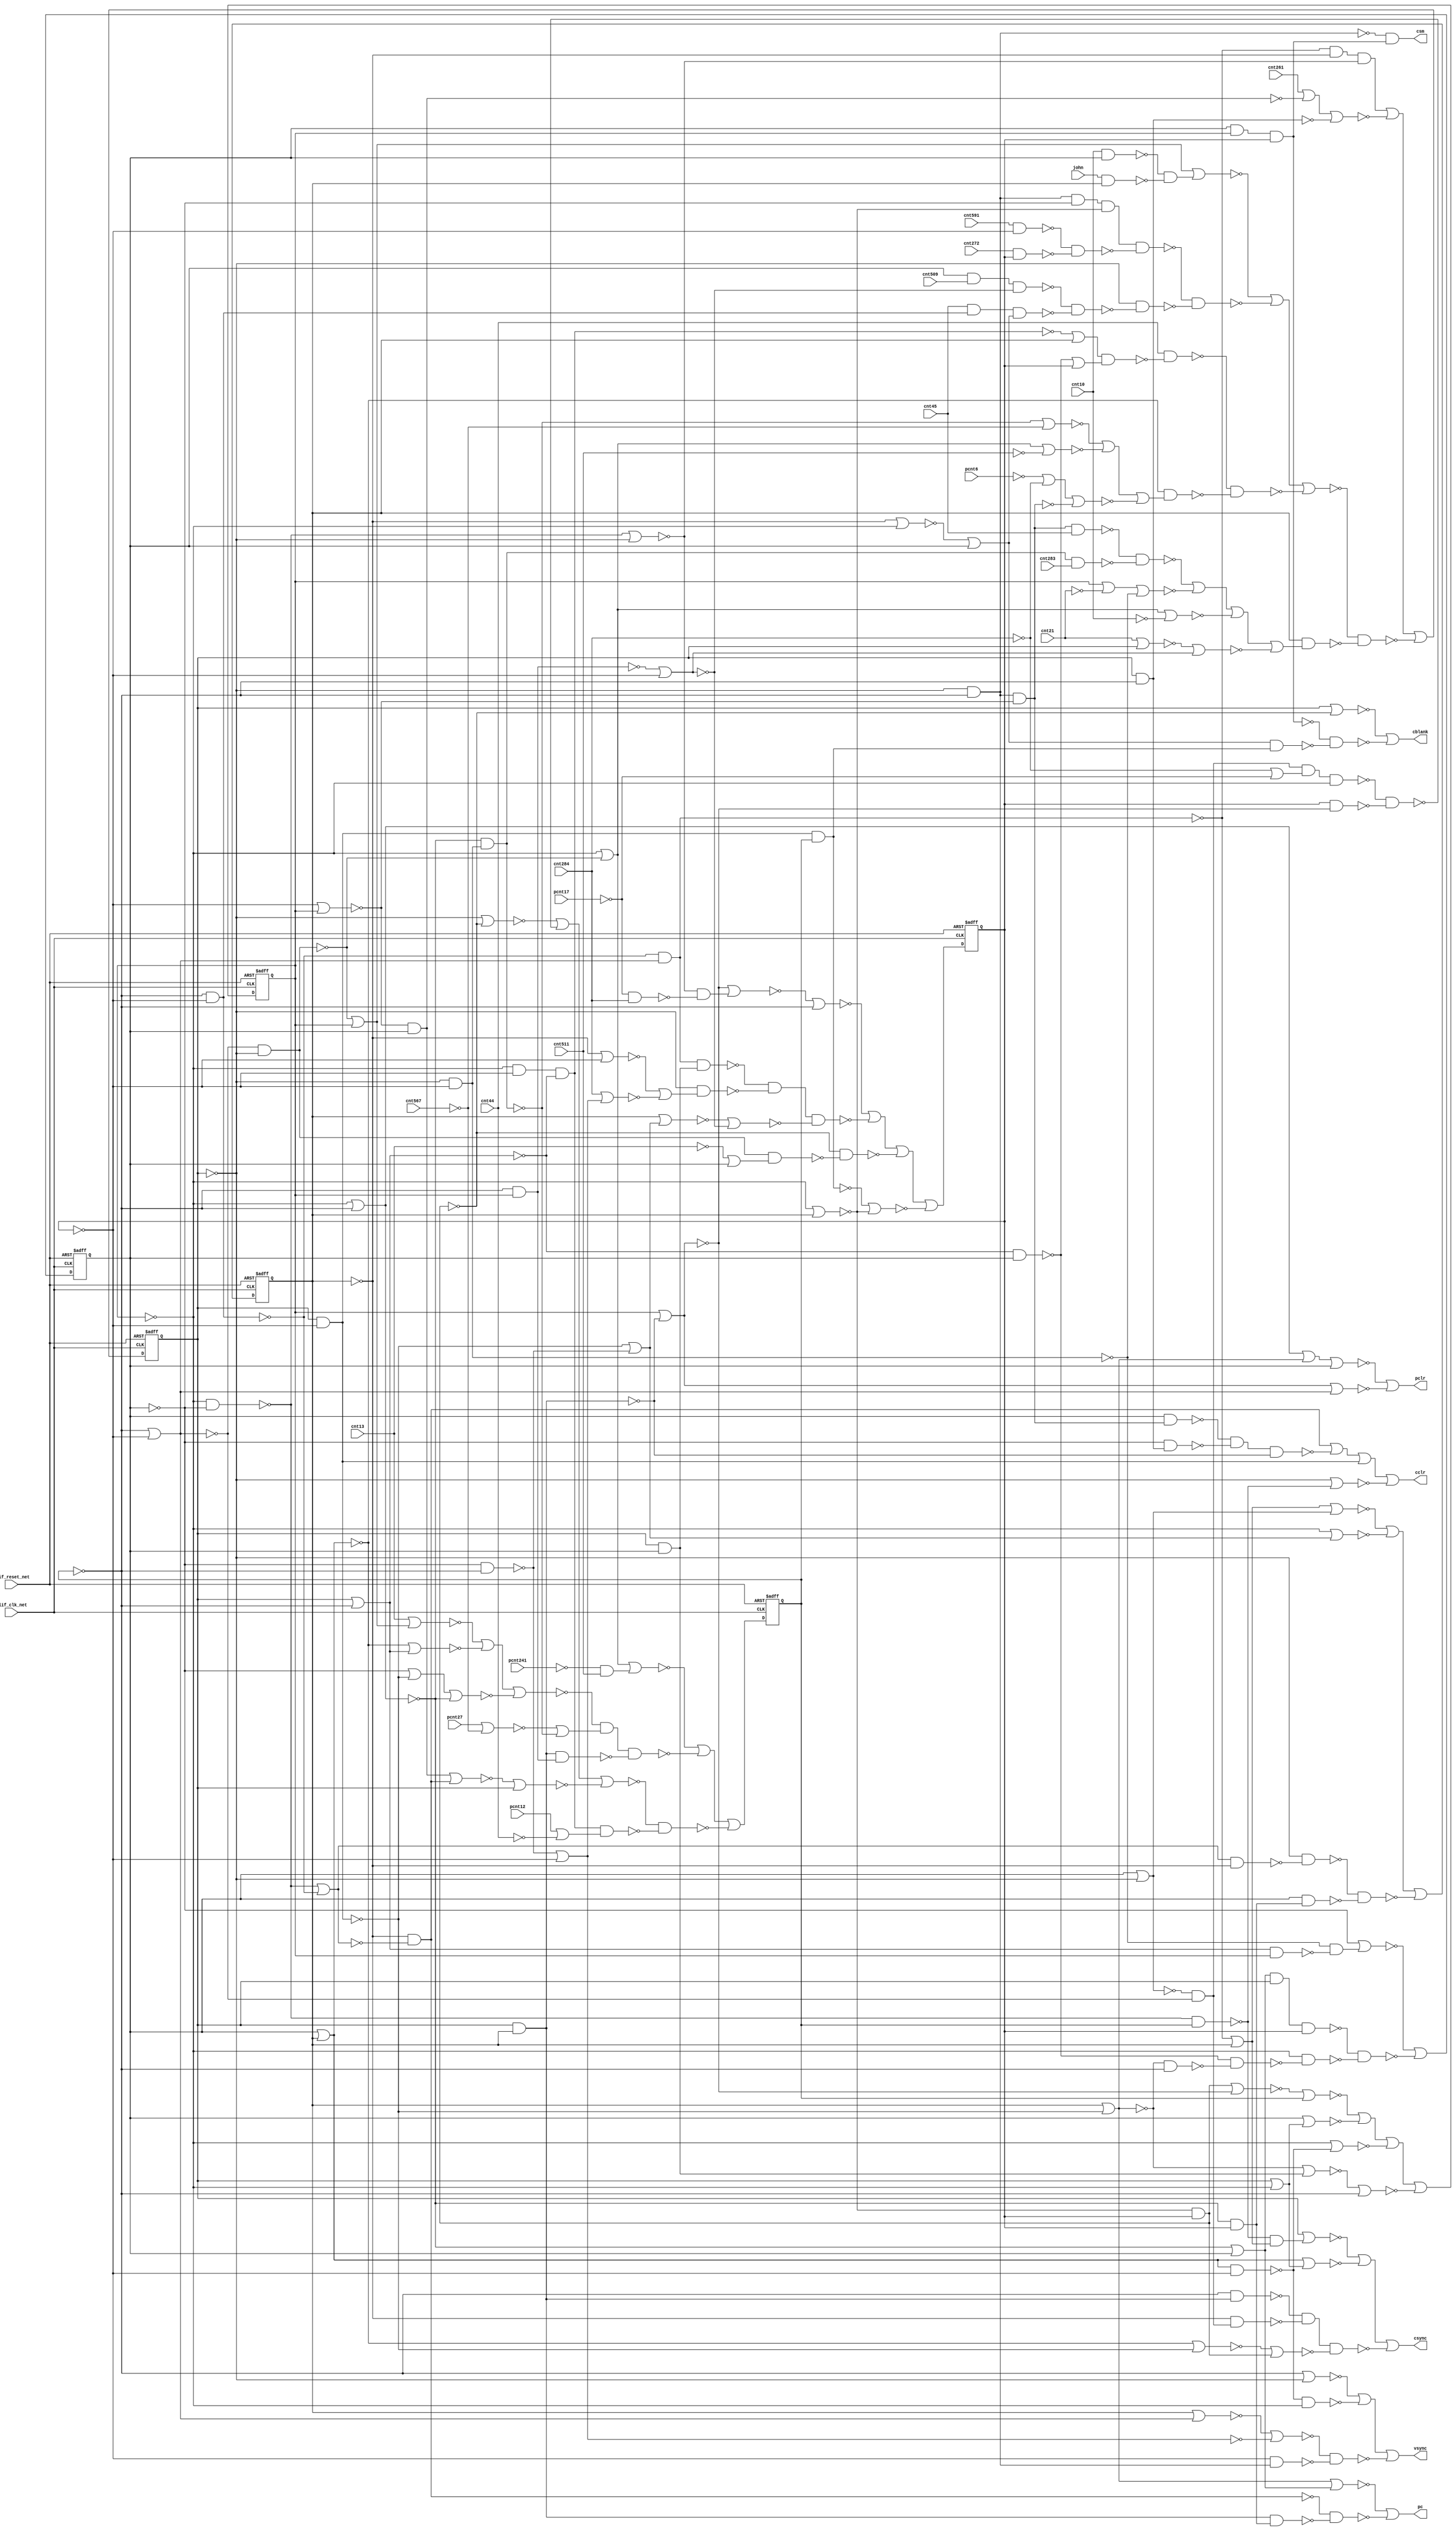
module s510_bench(
  blif_clk_net,
  blif_reset_net,
  john,
  cnt13,
  cnt21,
  cnt284,
  pcnt6,
  cnt261,
  cnt44,
  pcnt12,
  pcnt17,
  cnt591,
  cnt45,
  cnt567,
  pcnt27,
  cnt283,
  cnt272,
  cnt10,
  cnt511,
  pcnt241,
  cnt509,
  csm,
  pclr,
  pc,
  cclr,
  vsync,
  cblank,
  csync);
input blif_clk_net;
input blif_reset_net;
input john;
input cnt13;
input cnt21;
input cnt284;
input pcnt6;
input cnt261;
input cnt44;
input pcnt12;
input pcnt17;
input cnt591;
input cnt45;
input cnt567;
input pcnt27;
input cnt283;
input cnt272;
input cnt10;
input cnt511;
input pcnt241;
input cnt509;
output csm;
output pclr;
output pc;
output cclr;
output vsync;
output cblank;
output csync;
reg st_5;
reg st_4;
reg st_3;
reg st_2;
reg st_1;
reg st_0;
wire II798;
wire II739;
wire II539;
wire II909_1;
wire II1102_1;
wire II855;
wire II924_1;
wire II1116_2;
wire II1062_1;
wire II946_2;
wire II663;
wire II872;
wire II207;
wire II209;
wire II574;
wire II494;
wire II978_1;
wire II535;
wire II547;
wire II595;
wire II326;
wire II587;
wire II531;
wire II731;
wire II810;
wire II1077_1;
wire II95;
wire II958_2;
wire II130;
wire II270;
wire II921_1;
wire II495;
wire II591;
wire II7;
wire II823;
wire II943_1;
wire II936_1;
wire II1110_1;
wire II779;
wire II877;
wire II486;
wire II6;
wire II874;
wire II1074_1;
wire II615;
wire II506;
wire II1089_1;
wire II936_2;
wire II59;
wire II131;
wire II70;
wire II889;
wire II266;
wire II232;
wire II1106_1;
wire II1123_1;
wire II474;
wire II60;
wire II4;
wire II903_2;
wire II861;
wire II1085_2;
wire II782;
wire II217;
wire II863;
wire II478;
wire II954_2;
wire II278;
wire II1055_2;
wire II710;
wire II928_1;
wire II466;
wire II68;
wire II962_2;
wire II787;
wire II917_2;
wire II1085_1;
wire II837;
wire II1099_1;
wire II487;
wire II841;
wire II982_1;
wire II1044_1;
wire II627;
wire II774;
wire II583;
wire II638;
wire II462;
wire II642;
wire II511;
wire II940_1;
wire II78;
wire II946_1;
wire II230;
wire II259;
wire II204;
wire II950_1;
wire II671;
wire II58;
wire II213;
wire II67;
wire II988_1;
wire II607;
wire II924_2;
wire II543;
wire II1071_1;
wire II618;
wire II814;
wire II1102_2;
wire II555;
wire II498;
wire II347;
wire II887;
wire II1095_2;
wire II903_1;
wire II234;
wire II658;
wire II1065_1;
wire II958_1;
wire II598;
wire II867;
wire II490;
wire II747;
wire II104;
wire II698;
wire II551;
wire II714;
wire II667;
wire II458;
wire II1116_1;
wire II371;
wire II675;
wire II834;
wire II216;
wire II298;
wire II578;
wire II56;
wire II69;
wire II390;
wire II603;
wire II566;
wire II917_1;
wire II821;
wire II546;
wire II881;
wire II73;
wire II962_1;
wire II5;
wire II666;
wire II827;
wire II274;
wire II594;
wire II2;
wire II795;
wire II282;
wire II778;
wire II1081_2;
wire II1092_1;
wire II985_1;
wire II1120_1;
wire II590;
wire II475;
wire II570;
wire II799;
wire II1038_1;
wire II884;
wire II57;
wire II1055_1;
wire II1113_1;
wire II563;
wire II899;
wire II205;
wire II1106_2;
wire II933_1;
wire II1059_1;
wire II838;
wire II954_1;
wire II61;
wire II914_1;
wire II455;
wire II559;
wire II467;
wire II1068_1;
wire II1081_1;
wire II1095_1;
wire II900_1;
wire II554;
wire II463;
wire II742;
wire II975_1;
wire II346;
wire II950_2;
wire II895;
wire II567;
wire II967_1;
wire II530;
wire II831;
wire II970_1;
wire II482;
wire II3;
wire II483;
wire II694;
wire II870;
wire II606;
always @(posedge blif_clk_net or posedge blif_reset_net)
  if(blif_reset_net == 1)
    st_5 <= 0;
  else
    st_5 <= II2;
always @(posedge blif_clk_net or posedge blif_reset_net)
  if(blif_reset_net == 1)
    st_4 <= 0;
  else
    st_4 <= II3;
always @(posedge blif_clk_net or posedge blif_reset_net)
  if(blif_reset_net == 1)
    st_3 <= 0;
  else
    st_3 <= II4;
always @(posedge blif_clk_net or posedge blif_reset_net)
  if(blif_reset_net == 1)
    st_2 <= 0;
  else
    st_2 <= II5;
always @(posedge blif_clk_net or posedge blif_reset_net)
  if(blif_reset_net == 1)
    st_1 <= 0;
  else
    st_1 <= II6;
always @(posedge blif_clk_net or posedge blif_reset_net)
  if(blif_reset_net == 1)
    st_0 <= 0;
  else
    st_0 <= II7;
assign II798 = ((~II799));
assign II739 = ((~st_5)&(~st_1));
assign II909_1 = (II466)|(II627);
assign II539 = ((~II546)&(~II60));
assign II1102_1 = (st_5&II455);
assign II855 = ((~II615)&(~st_3));
assign vsync = ((~II914_1))|((~II855))|((~II867));
assign II924_1 = (st_0)|(II731);
assign II1116_2 = (II61&II230);
assign II1062_1 = (II535&II598);
assign II663 = ((~st_1)&(~II58));
assign II946_2 = (john&st_4);
assign II872 = ((~II1095_1))|((~II1095_2))|((~II774));
assign II207 = ((~II595)&(~II943_1));
assign II574 = ((~st_3))|((~II57));
assign II209 = ((~II946_1)&(~II946_2));
assign II494 = ((~II57))|((~II547));
assign II978_1 = (II483)|(II747);
assign II535 = ((~II590)&(~st_0));
assign II547 = ((~II61)&(~st_2));
assign II595 = ((~st_0)&(~st_2));
assign II326 = ((~II982_1))|((~II61));
assign II587 = ((~st_1)&(~st_2));
assign II531 = ((~II574)&(~II59));
assign II731 = ((~II583)&(~II607));
assign II810 = ((~pcnt6))|((~cnt284))|((~II455));
assign II1077_1 = (II104&II539);
assign II95 = ((~II587)&(~II591));
assign II958_2 = (cnt284)|(II642);
assign cclr = ((~II486))|((~II877))|((~II546))|((~II390));
assign II270 = ((~st_3))|((~II615));
assign II921_1 = (II494)|(II570);
assign II130 = ((~II131));
assign II495 = ((~II494));
assign II7 = ((~II778))|((~II782))|((~II887));
assign II591 = ((~II590));
assign II823 = ((~II259)&(~II1059_1));
assign pclr = ((~II917_1))|((~II917_2));
assign II943_1 = (II578&st_3);
assign II936_1 = (cnt591&II59);
assign II1110_1 = (II61)|(II530);
assign II779 = ((~II95)&(~st_4)&(~II638));
assign II877 = ((~II1102_1)&(~II1102_2)&(~II551));
assign II486 = ((~II487));
assign csm = ((~II555)&(~II798));
assign II6 = ((~II909_1))|((~II899))|((~II895));
assign II874 = ((~II1099_1))|((~II863))|((~II831));
assign II1074_1 = (II475)|(II546);
assign II615 = ((~II475)&(~st_2));
assign II506 = ((~II535))|((~II58));
assign II1089_1 = (II59&II555);
assign II936_2 = (cnt272&st_2);
assign cblank = ((~II928_1))|((~II841));
assign II59 = ((~st_2));
assign II131 = ((~II936_1)&(~II936_2));
assign II70 = ((~pcnt17));
assign II889 = ((~II1116_1)&(~II1116_2)&(~II870));
assign II266 = ((~II970_1))|((~st_1));
assign II232 = ((~II962_1))|((~II962_2))|((~II810));
assign II1106_1 = (II60&II551);
assign II1123_1 = (II551&II663);
assign II60 = ((~st_1));
assign II474 = ((~II56))|((~II57));
assign II903_2 = (II58)|(II478);
assign II4 = ((~II278))|((~II274))|((~II270))|((~II266));
assign II861 = ((~II1081_1)&(~II1081_2));
assign II1085_2 = (II61&II216);
assign II782 = ((~II67))|((~II559))|((~II675));
assign II217 = ((~II954_1)&(~II954_2));
assign II863 = ((~II1085_1)&(~II1085_2));
assign II478 = ((~II547))|((~II739));
assign II954_2 = (cnt45&II587&II104);
assign II278 = ((~II975_1))|((~II60));
assign II710 = ((~II467))|((~cnt10));
assign II1055_2 = (II58&II204);
assign II928_1 = (st_0)|(II530);
assign II466 = ((~st_3))|((~II535));
assign II68 = ((~cnt44));
assign II962_2 = (II466)|(II78);
assign II787 = ((~II554)&(~st_5)&(~II574));
assign II917_2 = (II482)|(II590);
assign II837 = ((~II487)&(~II1071_1));
assign II1085_1 = (II787&II130);
assign II1099_1 = (II506)|(II209);
assign II487 = ((~st_4)&(~II498));
assign II841 = ((~II799)&(~II1077_1));
assign II982_1 = (II559)|(II487);
assign II1044_1 = (II70&cnt284);
assign II627 = ((~pcnt241)&(~II78));
assign II583 = ((~II511)&(~II60));
assign II774 = ((~st_5))|((~II547))|((~II458));
assign II638 = ((~II511))|((~st_0));
assign II462 = ((~II463));
assign II511 = ((~st_3)&(~st_5));
assign II642 = ((~II739))|((~st_2));
assign II940_1 = (II495&II60);
assign II78 = ((~cnt511));
assign II946_1 = (cnt10&st_5);
assign II230 = ((~II958_1))|((~II958_2));
assign II259 = ((~st_0)&(~II967_1));
assign II204 = ((~II205));
assign II950_1 = (II455&cnt45);
assign II671 = ((~II458)&(~II59));
assign II58 = ((~st_3));
assign II213 = ((~II950_1)&(~II950_2));
assign II67 = ((~cnt261));
assign II924_2 = (II474)|(II666);
assign II988_1 = (II694&II698);
assign II607 = ((~II606));
assign II543 = ((~II742)&(~II590));
assign II1071_1 = (II551&II671);
assign II618 = ((~II69))|((~cnt44));
assign II814 = ((~II58))|((~cnt21))|((~II595));
assign II1102_2 = (II56&II675);
assign II555 = ((~st_0)&(~st_1));
assign II498 = ((~II511))|((~II587));
assign II347 = ((~II346));
assign II887 = ((~II874)&(~II1113_1));
assign II1095_2 = (II475)|(II578);
assign II903_1 = (II606)|(II742);
assign II234 = ((~II213))|((~II814))|((~II710))|((~II714));
assign II658 = ((~st_2))|((~II58));
assign II1065_1 = (II475&II232);
assign II958_1 = (II57)|(II59);
assign II598 = ((~cnt13))|((~II56));
assign II867 = ((~II834)&(~II1089_1));
assign II490 = ((~cnt284))|((~pcnt17));
assign II747 = ((~II638)&(~II1044_1));
assign II104 = ((~II933_1))|((~II56));
assign II551 = ((~II61)&(~II57));
assign II698 = ((~II563))|((~II59));
assign II714 = ((~II1038_1))|((~II567));
assign II667 = ((~II666));
assign II458 = ((~st_3))|((~st_1));
assign II1116_1 = (II95&II603);
assign II371 = ((~II68)&(~II988_1));
assign II675 = ((~II61)&(~st_1));
assign II834 = ((~II1068_1))|((~II642));
assign II298 = ((~II539))|((~II574));
assign II216 = ((~II217));
assign II578 = ((~II61))|((~st_1));
assign II56 = ((~st_5));
assign II69 = ((~pcnt12));
assign II390 = ((~st_0))|((~II583));
assign pc = ((~II921_1))|((~II837));
assign II603 = ((~II61)&(~II56));
assign II566 = ((~II663))|((~st_2));
assign II821 = ((~II1055_1)&(~II1055_2));
assign II917_1 = (II458)|(II494)|(st_5);
assign II881 = ((~II1106_1)&(~II1106_2)&(~II838));
assign II546 = ((~II547));
assign II73 = ((~cnt567));
assign II962_1 = (II462)|(II73);
assign II666 = ((~II61))|((~st_3));
assign II5 = ((~II282))|((~II889))|((~II827))|((~II298));
assign II827 = ((~II531)&(~II1062_1));
assign II274 = ((~II56))|((~II667));
assign II594 = ((~II595));
assign csync = ((~II924_1))|((~II924_2))|((~II881));
assign II2 = ((~II900_1))|((~II821));
assign II282 = ((~II978_1))|((~st_1));
assign II795 = ((~st_3)&(~st_2)&(~II578));
assign II778 = ((~II779));
assign II1081_2 = (st_2&II483);
assign II985_1 = (pcnt27)|(II73);
assign II1092_1 = (st_4)|(II478);
assign II590 = ((~st_1))|((~st_2));
assign II475 = ((~II474));
assign II1120_1 = (II795&II618);
assign II570 = ((~II458))|((~II56));
assign II799 = ((~II56)&(~II58)&(~II59));
assign II1038_1 = (cnt21)|(st_0);
assign II884 = ((~II1110_1))|((~II861))|((~II326));
assign II57 = ((~st_4));
assign II1055_1 = (II570&st_0&st_2);
assign II563 = ((~II578)&(~II56));
assign II1113_1 = (st_4&II234);
assign II899 = ((~II872)&(~II347)&(~II1123_1));
assign II205 = ((~II563)&(~II940_1));
assign II1106_2 = (II57&II543);
assign II933_1 = (II57)|(II58);
assign II1059_1 = (st_5&II671);
assign II838 = ((~II1074_1))|((~II530));
assign II61 = ((~st_0));
assign II954_1 = (st_5&cnt509&II567);
assign II914_1 = (II60)|(II61);
assign II455 = ((~II554)&(~II658));
assign II559 = ((~II658)&(~II56));
assign II467 = ((~II466));
assign II1081_1 = (II543&II490&II58);
assign II1068_1 = (st_4)|(II590);
assign II1095_1 = (cnt13)|(II506);
assign II900_1 = (II56)|(II207);
assign II554 = ((~II555));
assign II463 = ((~II458)&(~II594));
assign II742 = ((~II56))|((~st_0));
assign II975_1 = (II531)|(II483);
assign II346 = ((~II985_1))|((~II463));
assign II950_2 = (II463&cnt283);
assign II895 = ((~II884)&(~II1120_1));
assign II567 = ((~II566));
assign II967_1 = (II498&II57);
assign II530 = ((~II531));
assign II831 = ((~II371)&(~II1065_1));
assign II970_1 = (II495)|(II603);
assign II482 = ((~II58))|((~II551));
assign II3 = ((~II903_1))|((~II903_2))|((~II823));
assign II483 = ((~II482));
assign II694 = ((~II795))|((~II57));
assign II870 = ((~II1092_1))|((~II566));
assign II606 = ((~II95))|((~II57));
endmodule